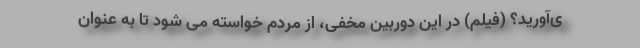
ی‌آورید؟ (فیلم) در این دوربین مخفی، از مردم خواسته می شود تا به عنوان